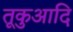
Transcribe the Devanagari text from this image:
तूकुआदि